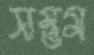
সম্ভম